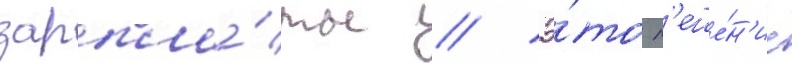
зарпла́ты // Э́то р'еше́н'ие